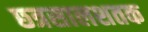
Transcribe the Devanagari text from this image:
छत्रसालशतक